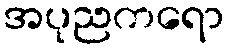
အပုညကရော